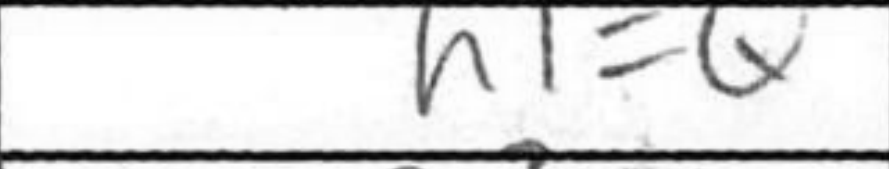
Transcription: h1=Q